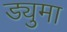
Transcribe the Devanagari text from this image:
ड्युमा